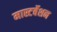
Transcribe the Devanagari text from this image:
मास्टर्बेशन